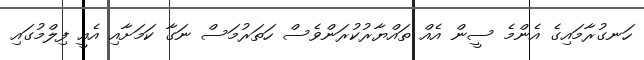
ހަނގުރާމައިގެ އެންމެ ސީން އެއް ތައްޔާރުކުރަންވެސް ހަތަރުމަސް ނަގާ ކަމަށާއި އެއީ ފިލްމުގައި